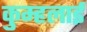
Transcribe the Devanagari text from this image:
कुम्हलाई